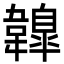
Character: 𩏤